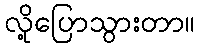
လို့ပြောသွားတာ။